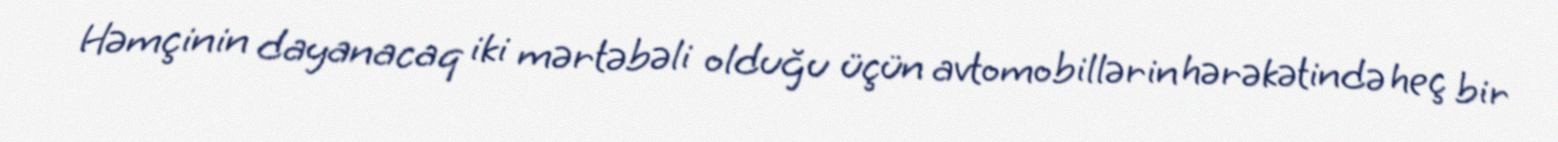
Həmçinin dayanacaq iki mərtəbəli olduğu üçün avtomobillərin hərəkətində heç bir